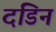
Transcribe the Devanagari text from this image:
दंडिन